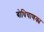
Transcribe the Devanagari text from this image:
बोधिचाणक्य